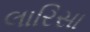
લારિસા